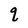
Character: q